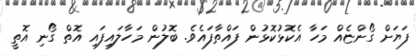
ފަޔަށް ގޯންޏެއް މަހާ އެކޮޅުކޮޅުން ފައްތާފައެވެ. ބޮލުން މަހާލައިފައި އޮތް ގޯނި އޮތީ